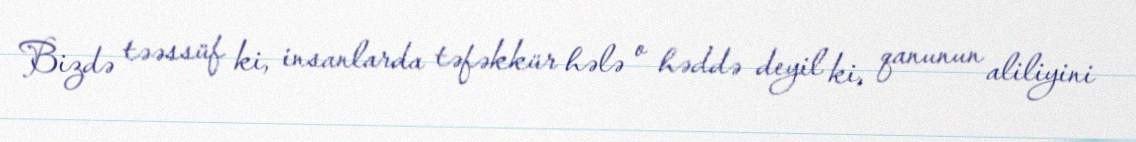
Bizdə təəssüf ki, insanlarda təfəkkür hələ o həddə deyil ki, qanunun aliliyini